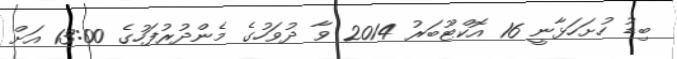
ބިޑު ހުށަހަޅާނީ 16 އޮކްޓޫބަރު 2014 ވާ ދުވަހުގެ މެންދުރުފަހުގެ 13:00 އަށް